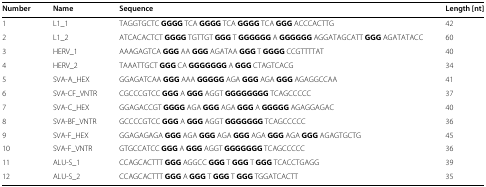
<table><thead><tr><td><b>Number</b></td><td><b>Name</b></td><td><b>Sequence</b></td><td><b>Length [nt]</b></td></tr></thead><tbody><tr><td>1</td><td>L1_1</td><td>TAGGTGCTC <b>GGGG</b> TCA <b>GGGG</b> TCA <b>GGGG</b> TCA <b>GGG</b> ACCCACTTG</td><td>42</td></tr><tr><td>2</td><td>L1_2</td><td>ATCACACTCT <b>GGGG</b> TGTTGT <b>GGG</b> T <b>GGGGGG</b> A <b>GGGGGG</b> AGGATAGCATT <b>GGG</b> AGATATACC</td><td>60</td></tr><tr><td>3</td><td>HERV_1</td><td>AAAGAGTCA <b>GGG</b> AA <b>GGG</b> AGATAA <b>GGG</b> T <b>GGGG</b> CCGTTTTAT</td><td>40</td></tr><tr><td>4</td><td>HERV_2</td><td>TAAATTGCT <b>GGG</b> CA <b>GGGGGGG</b> A <b>GGG</b> CTAGTCACG</td><td>34</td></tr><tr><td>5</td><td>SVA-A_HEX</td><td>GGAGATCAA <b>GGG</b> AAA <b>GGGGG</b> AGA <b>GGG</b> AGA <b>GGG</b> AGAGGCCAA</td><td>41</td></tr><tr><td>6</td><td>SVA-CF_VNTR</td><td>CGCCCGTCC <b>GGG</b> A <b>GGG</b> AGGT <b>GGGGGGGG</b> TCAGCCCCC</td><td>37</td></tr><tr><td>7</td><td>SVA-C_HEX</td><td>GGAGACCGT <b>GGGG</b> AGA <b>GGG</b> AGA <b>GGG</b> A <b>GGGGG</b> AGAGGAGAC</td><td>40</td></tr><tr><td>8</td><td>SVA-BF_VNTR</td><td>GCCCCGTCC <b>GGG</b> A <b>GGG</b> AGGT <b>GGGGGGG</b> TCAGCCCCC</td><td>36</td></tr><tr><td>9</td><td>SVA-F_HEX</td><td>GGAGAGAGA <b>GGG</b> AGA <b>GGG</b> AGA <b>GGG</b> AGA <b>GGG</b> AGA <b>GGG</b> AGAGTGCTG</td><td>45</td></tr><tr><td>10</td><td>SVA-F_VNTR</td><td>GTGCCATCC <b>GGG</b> A <b>GGG</b> AGGT <b>GGGGGGG</b> TCAGCCCCC</td><td>36</td></tr><tr><td>11</td><td>ALU-S_1</td><td>CCAGCACTTT <b>GGG</b> AGGCC <b>GGG</b> T <b>GGG</b> T <b>GGG</b> TCACCTGAGG</td><td>39</td></tr><tr><td>12</td><td>ALU-S_2</td><td>CCAGCACTTT <b>GGG</b> A <b>GGG</b> T <b>GGG</b> T <b>GGG</b> TGGATCACTT</td><td>35</td></tr></tbody></table>